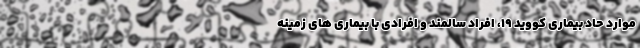
موارد حاد بیماری کووید ۱۹، افراد سالمند و افرادی با بیماری های زمینه